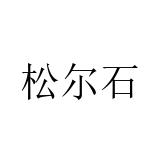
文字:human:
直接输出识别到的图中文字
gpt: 松尔石